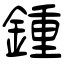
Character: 鍾